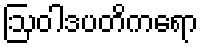
ဩဝါဒပတိကရော